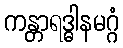
ကန္တာရဒ္ဓါနမဂ္ဂံ